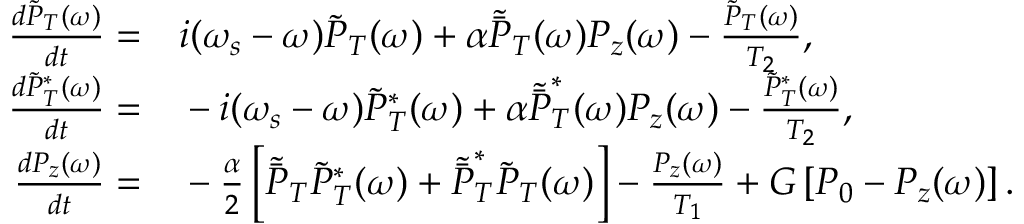
\begin{array} { r l } { \frac { d \tilde { P } _ { T } ( \omega ) } { d t } = } & { { } i ( \omega _ { s } - \omega ) \tilde { P } _ { T } ( \omega ) + \alpha \tilde { \bar { P } } _ { T } ( \omega ) P _ { z } ( \omega ) - \frac { \tilde { P } _ { T } ( \omega ) } { T _ { 2 } } , } \\ { \frac { d \tilde { P } _ { T } ^ { * } ( \omega ) } { d t } = } & { { } - i ( \omega _ { s } - \omega ) \tilde { P } _ { T } ^ { * } ( \omega ) + \alpha \tilde { \bar { P } } _ { T } ^ { * } ( \omega ) P _ { z } ( \omega ) - \frac { \tilde { P } _ { T } ^ { * } ( \omega ) } { T _ { 2 } } , } \\ { \frac { d P _ { z } ( \omega ) } { d t } = } & { { } - \frac { \alpha } { 2 } \left[ \tilde { \bar { P } } _ { T } \tilde { P } _ { T } ^ { * } ( \omega ) + \tilde { \bar { P } } _ { T } ^ { * } \tilde { P } _ { T } ( \omega ) \right] - \frac { P _ { z } ( \omega ) } { T _ { 1 } } + G \left[ P _ { 0 } - P _ { z } ( \omega ) \right] . } \end{array}